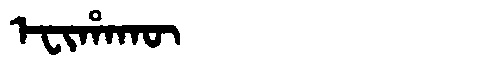
Manchu: ᡝᠸᡳᡥᠠᡴᡡ
Romanization: EFIHAKŪ